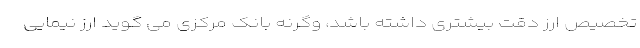
تخصیص ارز دقت بیشتری داشته باشد، وگرنه بانک مرکزی می گوید ارز نیمایی